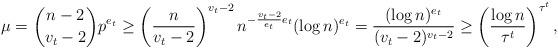
LaTeX: \begin{align*} \mu = \binom{n-2}{v_t-2} p^{e_t} \geq \left ( \frac{n}{v_t-2} \right )^{v_t-2} n^{-\frac{v_t-2}{e_t}e_t} ( \log n )^{e_t} = \frac{(\log n)^{e_t}}{(v_t-2)^{v_t-2}} \geq \left(\frac{\log n}{\tau^t}\right)^{\tau^t},\end{align*}